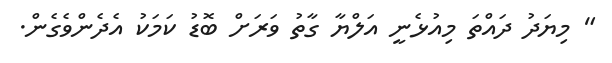
" މިޔަދު ދައްތަ މިއުޅެނީ އަލްޔާ ގާތު ވަރަށް ބޮޑު ކަމަކު އެދެންވެގެން.